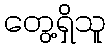
တွေ့ရှိသူ